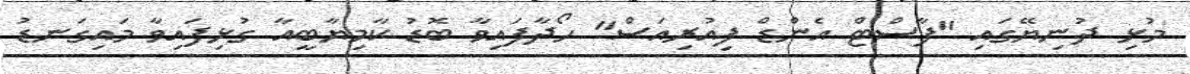
މުޅި ދުނިޔޭގައި "ފާސްޓް އެންޑް ފިއުރިއަސް" ހޯދާފައިވާ ބޮޑު ކާމިޔާބީއާ ގުޅިފައިވާ މައިގަނޑު